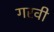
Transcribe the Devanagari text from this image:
गरवी